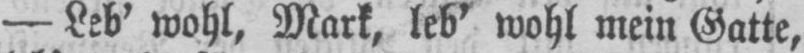
- Leb’ wohl, Mark, leb’ wohl mein Gatte,